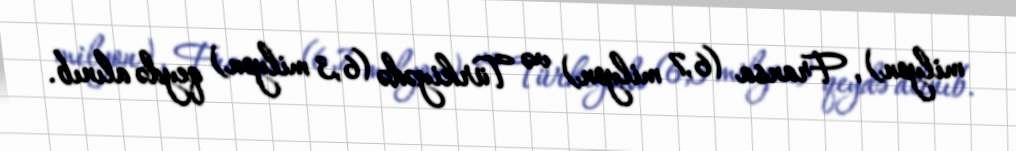
milyon), Fransa (6,7 milyon) və Türkiyədə (6,3 milyon) qeydə alınıb.